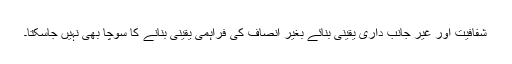
شفافیت اور غیر جانب داری یقینی بنائے بغیر انصاف کی فراہمی یقینی بنانے کا سوچا بھی نہیں جاسکتا۔